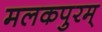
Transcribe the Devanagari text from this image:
मलकपुरम्‌